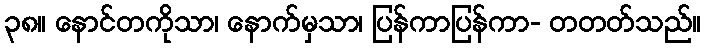
၃၈။ နောင်တကိုသာ၊ နောက်မှသာ၊ ပြန်ကာပြန်ကာ- တတတ်သည်။